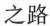
之路